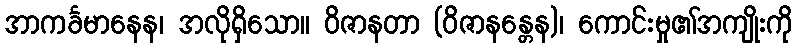
အာကင်္ခမာနေန၊ အလိုရှိသော။ ဝိဇာနတာ (ဝိဇာနန္တေန)၊ ကောင်းမှု၏အကျိုးကို